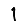
Digit: 1